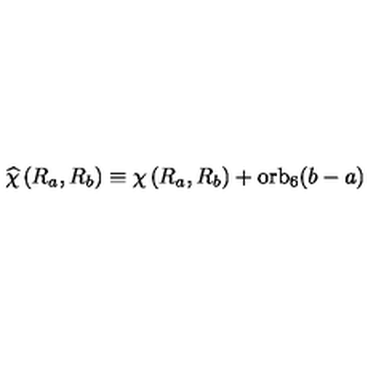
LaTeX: \widehat { \chi } \left( R _ { a } , R _ { b } \right) \equiv \chi \left( R _ { a } , R _ { b } \right) + \mathrm { o r b } _ { 6 } ( b - a )